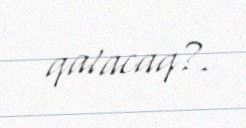
qalacaq?.